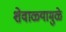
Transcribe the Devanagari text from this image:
शेवाळ्यामुळे